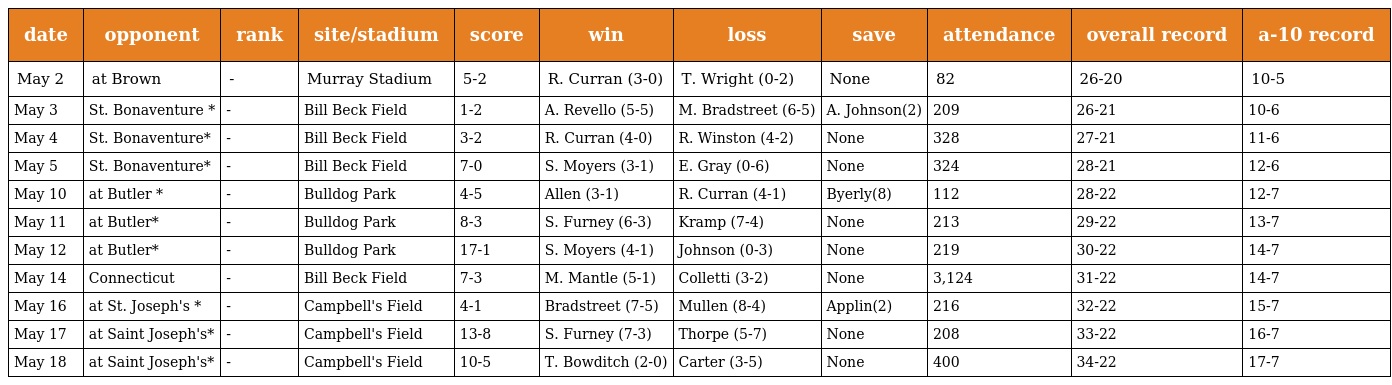
| date | opponent | rank | site/stadium | score | win | loss | save | attendance | overall record | a-10 record |
 | --- | --- | --- | --- | --- | --- | --- | --- | --- | --- | --- |
 | May 2 | at Brown | - | Murray Stadium | 5-2 | R. Curran (3-0) | T. Wright (0-2) | None | 82 | 26-20 | 10-5 |
 | May 3 | St. Bonaventure * | - | Bill Beck Field | 1-2 | A. Revello (5-5) | M. Bradstreet (6-5) | A. Johnson(2) | 209 | 26-21 | 10-6 |
 | May 4 | St. Bonaventure* | - | Bill Beck Field | 3-2 | R. Curran (4-0) | R. Winston (4-2) | None | 328 | 27-21 | 11-6 |
 | May 5 | St. Bonaventure* | - | Bill Beck Field | 7-0 | S. Moyers (3-1) | E. Gray (0-6) | None | 324 | 28-21 | 12-6 |
 | May 10 | at Butler * | - | Bulldog Park | 4-5 | Allen (3-1) | R. Curran (4-1) | Byerly(8) | 112 | 28-22 | 12-7 |
 | May 11 | at Butler* | - | Bulldog Park | 8-3 | S. Furney (6-3) | Kramp (7-4) | None | 213 | 29-22 | 13-7 |
 | May 12 | at Butler* | - | Bulldog Park | 17-1 | S. Moyers (4-1) | Johnson (0-3) | None | 219 | 30-22 | 14-7 |
 | May 14 | Connecticut | - | Bill Beck Field | 7-3 | M. Mantle (5-1) | Colletti (3-2) | None | 3,124 | 31-22 | 14-7 |
 | May 16 | at St. Joseph's * | - | Campbell's Field | 4-1 | Bradstreet (7-5) | Mullen (8-4) | Applin(2) | 216 | 32-22 | 15-7 |
 | May 17 | at Saint Joseph's* | - | Campbell's Field | 13-8 | S. Furney (7-3) | Thorpe (5-7) | None | 208 | 33-22 | 16-7 |
 | May 18 | at Saint Joseph's* | - | Campbell's Field | 10-5 | T. Bowditch (2-0) | Carter (3-5) | None | 400 | 34-22 | 17-7 |